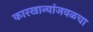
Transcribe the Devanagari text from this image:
कारखान्यांजवळचा